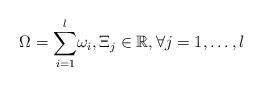
LaTeX: \begin{align*}\Omega=\overset{l}{\underset{i=1}{\sum}}\omega_{i},\Xi_{j}\in\mathbb{R},\forall j=1,\ldots,l\end{align*}